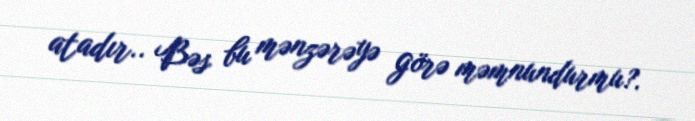
atadır.. Bəs bu mənzərəyə görə məmnundurmu?.